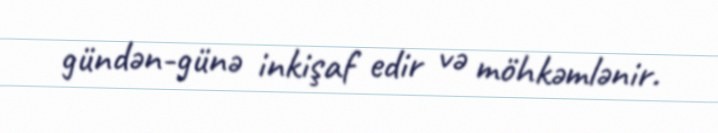
gündən-günə inkişaf edir və möhkəmlənir.